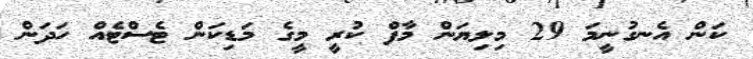
ކަން އެނގުނީމަ 29 މިލިޔަން މާފް ކުރީ މީގެ މަޑިކަން ޓެސްޓެއް ހަދަން